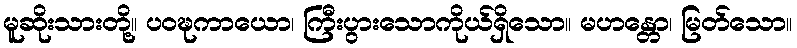
မူဆိုးသားတို့။ ပဝဍ္ဎကာယော၊ ကြီးပွားသောကိုယ်ရှိသော။ မဟန္တော၊ မြတ်သော။